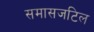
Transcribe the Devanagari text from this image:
समासजटिल